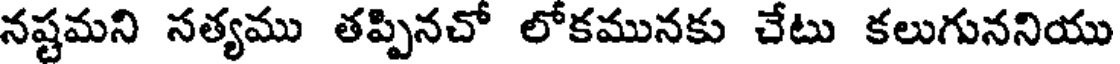
నష్టమని సత్యము తప్పినచో లోకమునకు చేటు కలుగుననియు